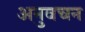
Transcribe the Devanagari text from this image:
अनुवचन